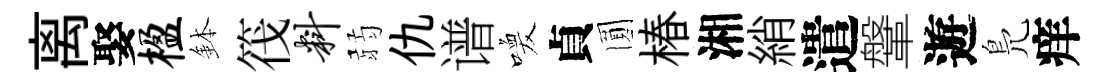
离娶楹鉢筏料弱仇谱喚貞圎椿湘綃遣鞶遊鳬痒